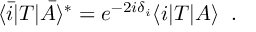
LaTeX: \langle \bar { i } | { \cal T } | \bar { A } \rangle ^ { * } = e ^ { - 2 i \delta _ { i } } \langle i | { \cal T } | A \rangle \; \; .